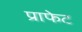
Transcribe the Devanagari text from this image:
प्राफेट